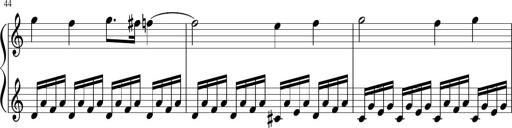
Title: Sonatina di Santa Gemma, JKB 12
Composer: Jason Baruk
Key: F major